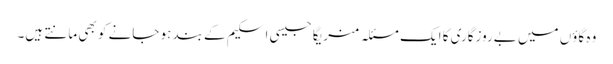
وہ گاؤں میں بےروزگاری کا ایک مسئلہ منریگا جیسی اسکیم کے بند ہو جانے کو بھی مانتے ہیں۔